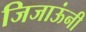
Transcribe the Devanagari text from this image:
जिजाऊंनी